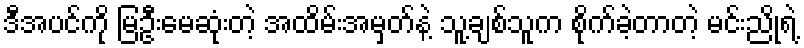
ဒီအပင်ကို မြဦးမေဆုံးတဲ့ အထိမ်းအမှတ်နဲ့ သူ့ချစ်သူက စိုက်ခဲ့တာတဲ့ မင်းညိုရဲ့